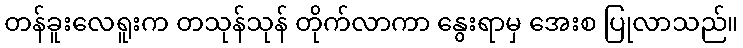
တန်ခူးလေရူးက တသုန်သုန် တိုက်လာကာ နွေးရာမှ အေးစ ပြုလာသည်။